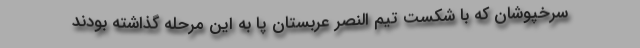
سرخپوشان که با شکست تیم النصر عربستان پا به این مرحله گذاشته بودند